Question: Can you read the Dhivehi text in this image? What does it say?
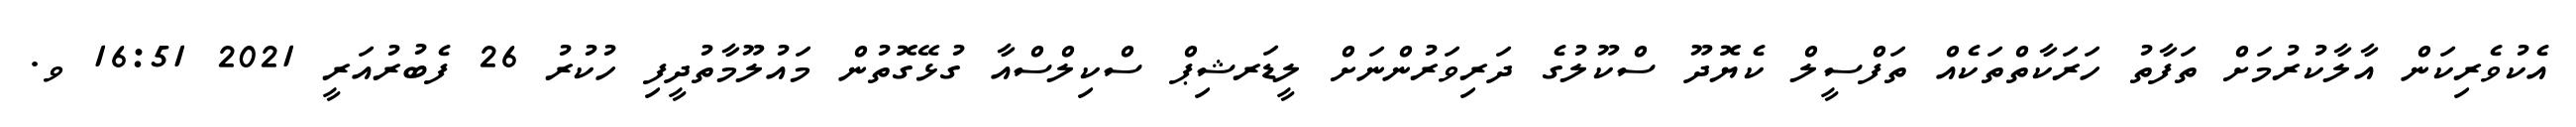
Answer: އެކުވެރިކަން އާލާކުރުމަށް ތަފާތު ހަރަކާތްތަކެއް ތަފްސީލް ކެޔޮދޫ ސްކޫލުގެ ދަރިވަރުންނަށް ލީޑަރޝިޕް ސްކިލްސްއާ ގުޅޭގޮތުން މައުލޫމާތުދީފި ހުކުރު 26 ފެބުރުއަރީ 2021 16:51 ވ.